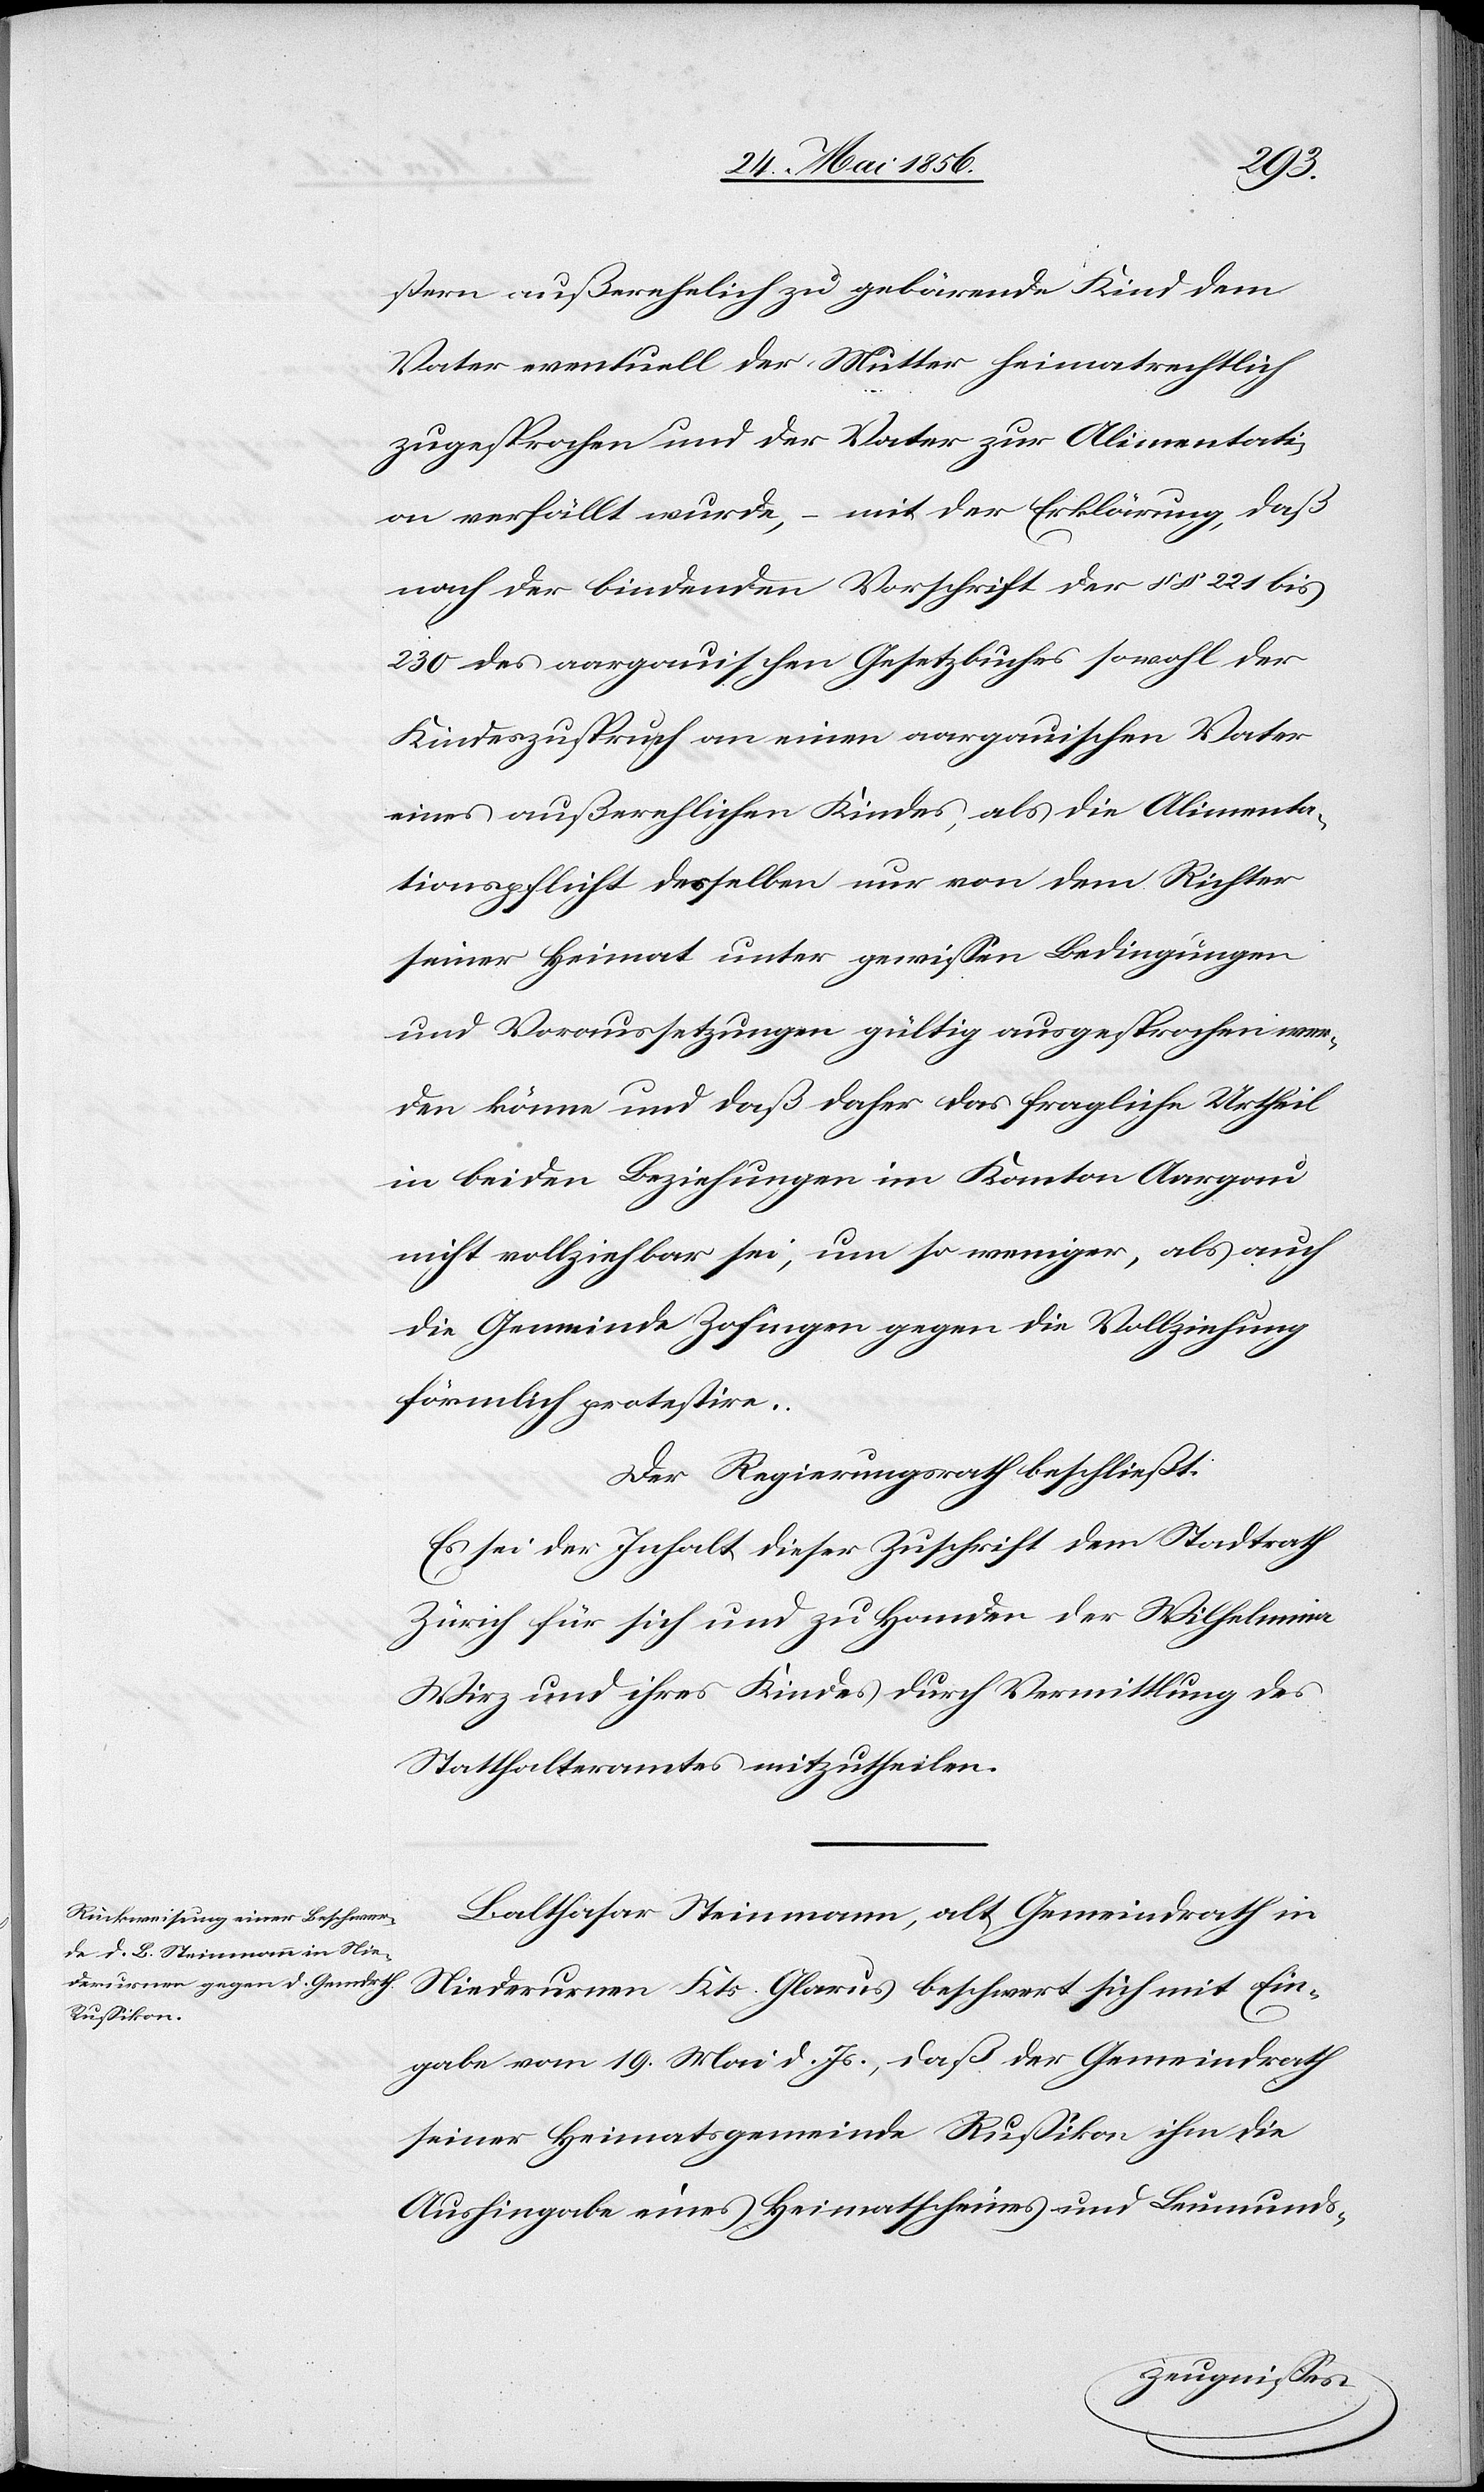
stern außerehelich zu gebärende Kind dem
Vater eventuell der Mutter heimatrechtlich
zugesprochen und der Vater zur Alimentati¬
on verfällt wurde, – mit der Erklärung, daß
nach der bindenden Vorschrift der §§ 221 bis
230 des aargauischen Gesetzbuches sowohl der
Kindeszuspruch an einen aargauischen Vater
eines außerehlichen Kindes, als die Alimenta¬
tionspflicht desselben nur von dem Richter
seiner Heimat unter gewissen Bedingungen
und Voraussetzungen gültig ausgesprochen wer¬
den könne und daß daher das fragliche Urtheil
in beiden Beziehungen im Kanton Aargau
nicht vollziehbar sei, um so weniger, als auch
die Gemeinde Zofingen gegen die Vollziehung
förmlich protestire.
Der Regierungsrath beschließt:
Es sei der Inhalt dieser Zuschrift dem Stadtrath
Zürich für sich und zu Handen der Wilhelmina
Wirz und ihres Kindes durch Vermittlung des
Statthalteramtes mitzutheilen.
Balthasar Steinmann, alt Gemeindrath in
Niederurnen Kts. Glarus beschwert sich mit Ein¬
gabe vom 19. Mai d. Js., daß der Gemeindrath
seiner Heimatsgemeinde Russikon ihm die
Aushingabe eines Heimatscheines und Leumunds-